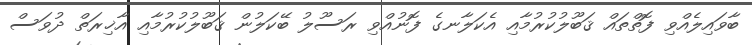
ބާވައިލެއްވި ފޮތްތައް ޤަބޫލުކުރުމާއި އެކަލާނގެ ފޮނުއްވި ރަސޫލު ބޭކަލުން ޤަބޫލުކުރުމާއި އާޚިރަތް ދުވަސް